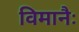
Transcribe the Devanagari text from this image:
विमानैः